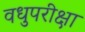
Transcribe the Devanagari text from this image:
वधुपरीक्षा